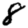
Digit: 8